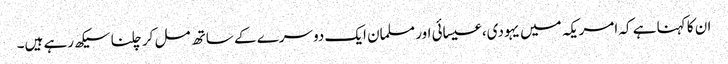
ان کا کہنا ہے کہ امریکہ میں یہودی، عیسائی اور مسلمان ایک دوسرے کے ساتھ مل کر چلنا سیکھ رہے ہیں۔